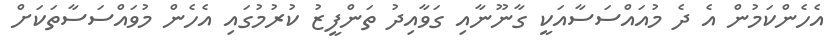
އެހެންކަމުން އެ ދެ މުއައްސަސާއަކީ ގާނޫނާއި ގަވާއިދު ތަންފީޒު ކުރުމުގައި އެހެން މުވައްސަސާތަކަށް